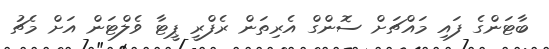
ބާޓަންގެ ފައި މައްޗަށް ސޮންގް އެރިތަން ރެފްރީ ޕީޓާ ވެލްޓަން އަށް މެޗު